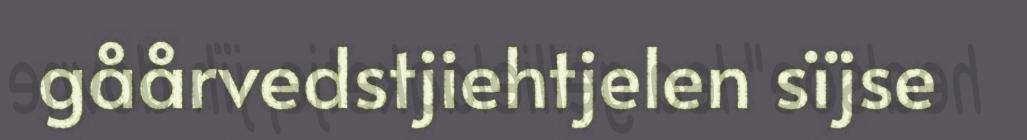
gåårvedstjiehtjelen sïjse